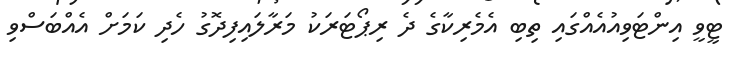
ޓީވީ އިންޓަވިއުއެއްގައި ތިބި އެމެރިކާގެ ދެ ރިޕޯޓަރަކު މަރާލައިފިދޮގު ހެދި ކަމަށް އެއްބަސްވި